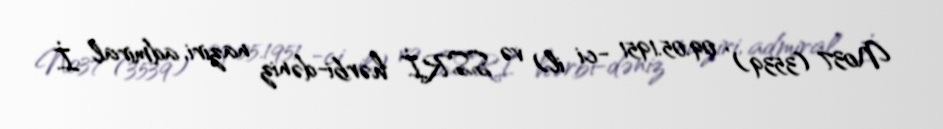
№37 (3539) , 09.05.1951 -ci il) və SSRİ hərbi-dəniz naziri, admiral İ.